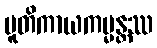
ပူတိကာယကမ္မန္တဿ